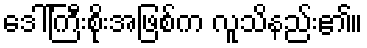
ဒေါ်ကြီးစိုးအဖြစ်က လူသိနည်း၏။